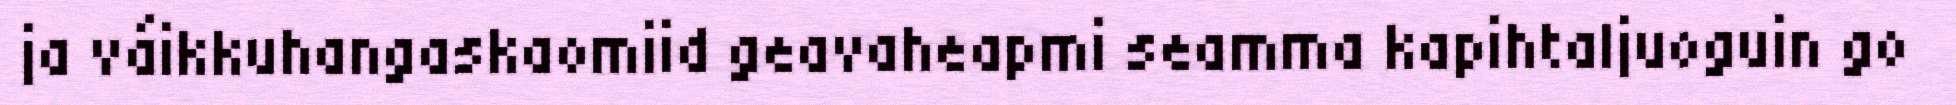
ja váikkuhangaskaomiid geavaheapmi seamma kapihtaljuoguin go